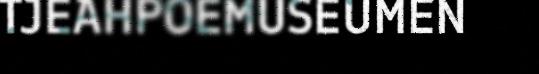
TJEAHPOEMUSEUMEN